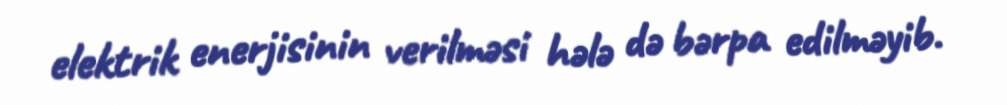
elektrik enerjisinin verilməsi hələ də bərpa edilməyib.